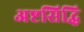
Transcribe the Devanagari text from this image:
अष्टसिद्धि